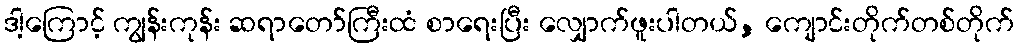
ဒါ့ကြောင့် ကျွန်းကုန်း ဆရာတော်ကြီးထံ စာရေးပြီး လျှောက်ဖူးပါတယ်, ကျောင်းတိုက်တစ်တိုက်